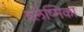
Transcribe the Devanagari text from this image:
श्‍लेष्मिका